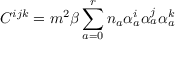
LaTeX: C ^ { i j k } = m ^ { 2 } \beta \sum _ { a = 0 } ^ { r } n _ { a } \alpha _ { a } ^ { i } \alpha _ { a } ^ { j } \alpha _ { a } ^ { k }